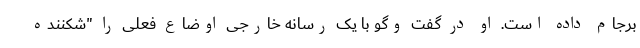
برجام داده است. او در گفت وگو با یک رسانه خارجی اوضاع فعلی را "شکننده